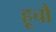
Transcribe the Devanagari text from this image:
हूचौ